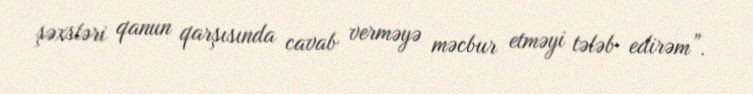
şəxsləri qanun qarşısında cavab verməyə məcbur etməyi tələb edirəm”.